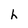
Character: h